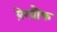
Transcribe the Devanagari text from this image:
बे़खौ़फ